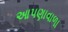
આપણાવાળા